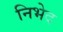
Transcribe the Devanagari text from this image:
निभेद